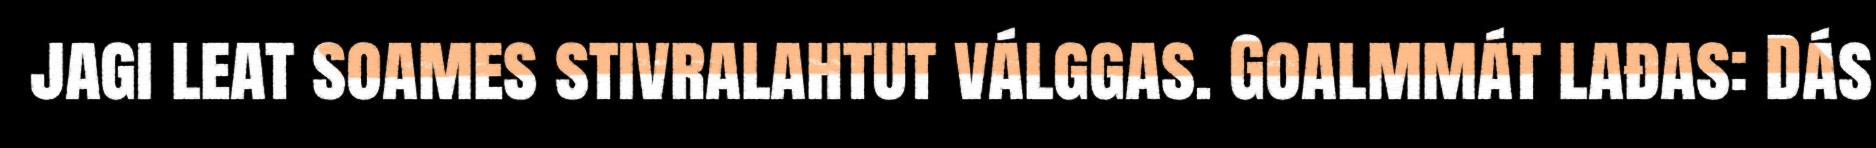
jagi leat soames stivralahtut válggas. Goalmmát lađas: Dás